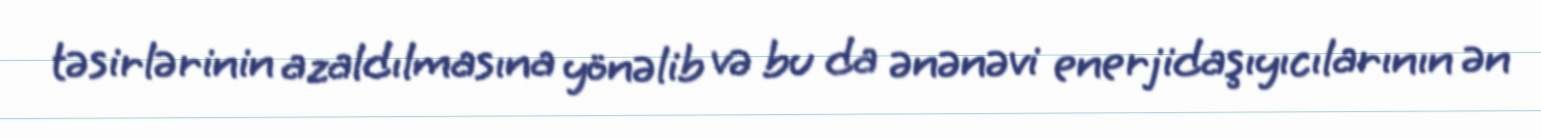
təsirlərinin azaldılmasına yönəlib və bu da ənənəvi enerjidaşıyıcılarının ən